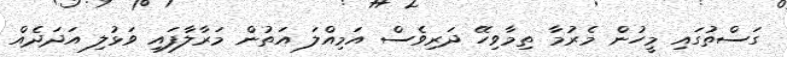
ގަސްތުގައި މީހުން މެރުމާ ތިމާވިހޭ ދަރިވެސް އަމިއްލަ އަތުން މަރާލާފައި ވަޅުލި އަދަދެއް